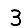
Digit: 3